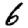
Digit: 6